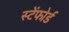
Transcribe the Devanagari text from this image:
स्टेंफोर्ड